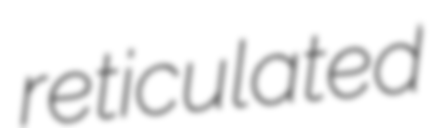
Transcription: reticulated